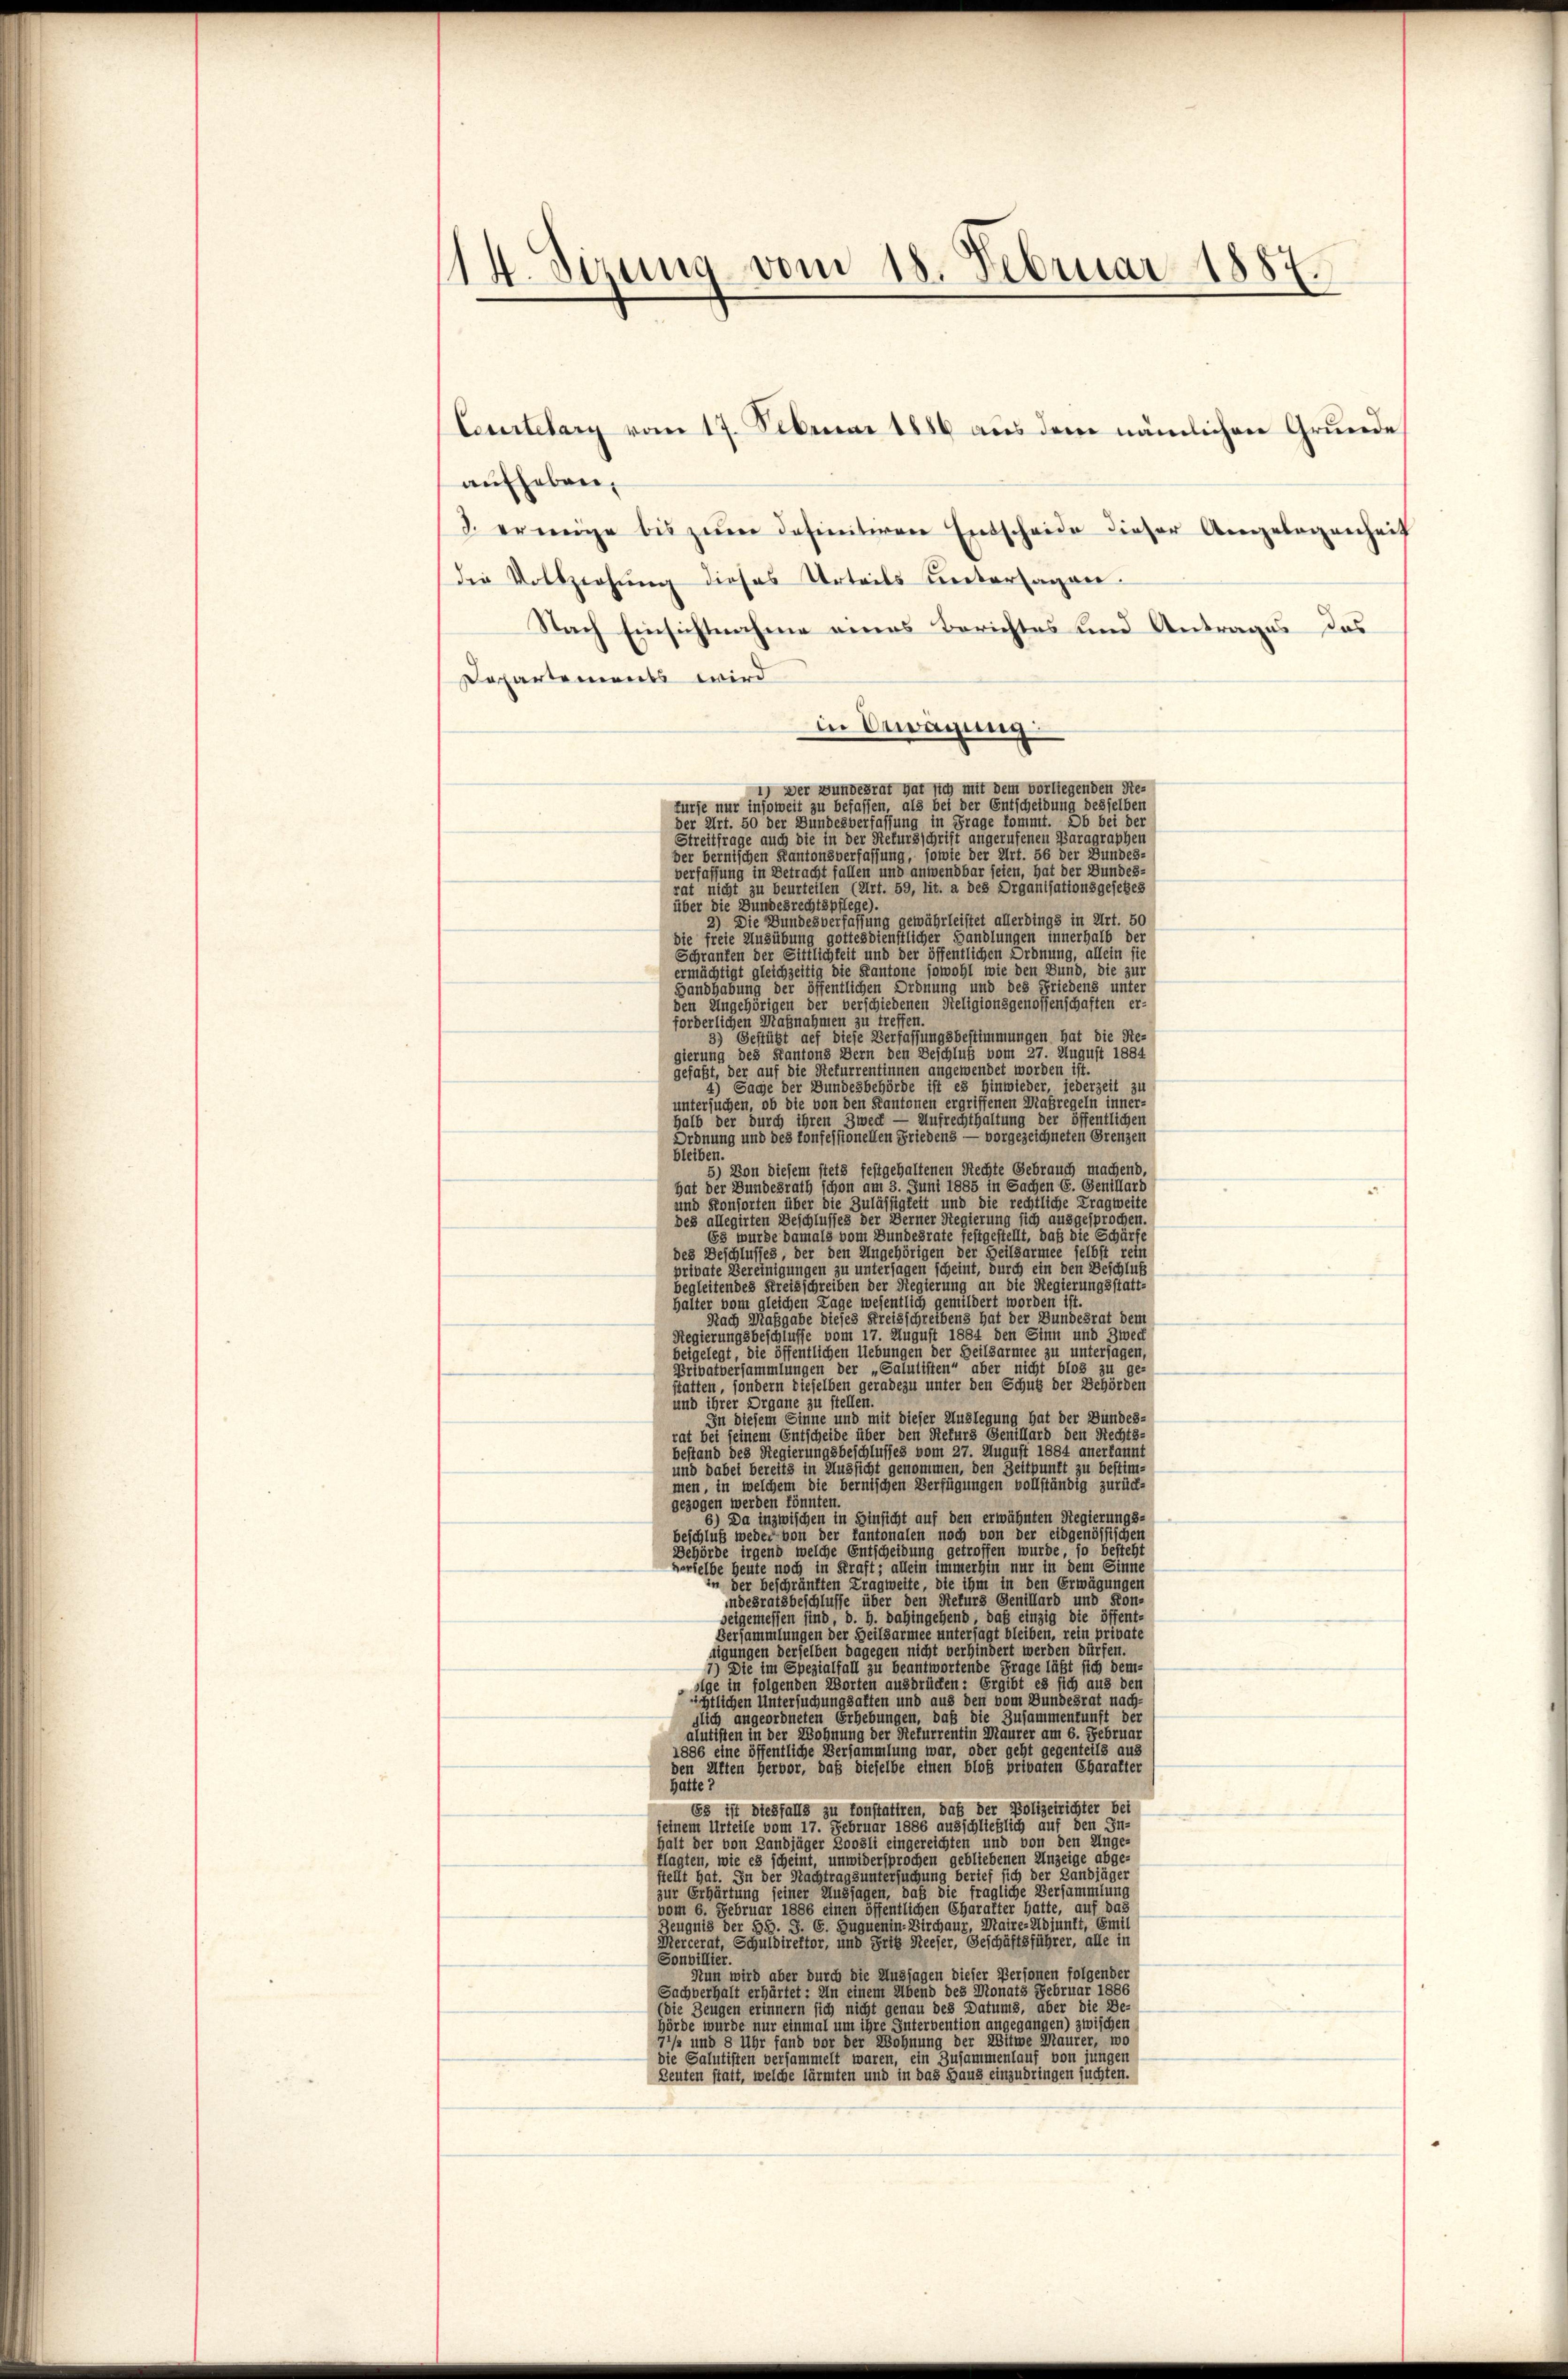
14. Sirung vom 18. Februar 1887.

aufheben.
. erweige bis jeden datinitiven Entscheide dieser Angelegenheit
die Vollziehung dieses Urteils untersagen.
Nach Einsichtnahme eines Berichtes und Antrages das
Departements wird
in Bewägung
1) Der Bundesrat war sich mit dem vorliegenden Returse nur insoweit zu befassen, als bei der Entscheidung desselben
der Art. 50 der Bundesverfassung in Frage kommt. Ob bei der
Streitfrage auch die in der Rekursschrift angerufenen Paragrapher
der bernischen Kantonsverfassung, sowie der Art. 56 der Bundes-
verfassung in Betracht fallen und anwendbar seien, hat der Bundes-
at nicht zu beurteilen (Art. 59, lit. a des Organisationsgesetzes
über die Bundesrechtspflege).
2) Die Bundesverfassung gewährleistet allerdings in Art. 50
die freie Ausübung gottesdienstlicher Handlungen innerhalb der
Schranken der Sittlichkeit und der öffentlichen Ordnung, allein sie
ermächtigt gleichzeitig die Kantone sowohl wie den Bund, die zur
Handhabung der öffentlichen Ordnung und des Friedens unter
den Ungehörigen der verschiedenen Religionsgenossenschaften er-
forderlichen Maßnahmen zu treffen
 Gestützt auf diese Verfassungsbestimmungen hat die Re-
gierung des Kantons Bern den Beschluß vom 27. August 1884
gefaßt, der auf die Rekurrentinnen angewendet worden ist.
4) Sache der Bundesbehörde ist es hinwieder, jederzeit 31
untersuchen, ob die von den Kantonen ergriffenen Maßregeln inner-
halb der durch ihren Zweck — Aufrechthaltung der öffentlichen
Ordnung und des Confessionellen Friedens — vorgezeichneten Grenzen
bleiben.
5) Von diesem stets festgehaltenen Rechte Gebrauch machend
at der Bundesrath schon am 3. Juni 1885 in Sachen E. Genillard
nd Konsorten über die Zulässigkeit und die rechtliche Tragweite
des allegirten Beschlusses der Ferner Regierung sich ausgesprochen.
53 wurde damals vom Bundesrate festgestellt, daß die Schürfe
des Beschlusses, der den Ungehörigen der Heilsarmee selbst rein
private Vereinigungen zu untersagen scheint, durch ein den Beschluß
gleitendes Kreisschreiben der Regierung an die Regierungsstatt-
halter vom gleichen Lage wesentlich gemildert worden ist.
Nach Maßgabe dieses Kreisschreibens hat der Bundesrat dem
Regierungsbeschlusse vom 17. August 1884 den Sinn und Zweck
eigelegt, die öffentlichen Uebungen der Heilsarmee zu untersagen,
rivatversammlungen der „Salutisten“ aber nicht blos zu ge-
statten, sondern dieselben geradezu unter den Schutz der Behörden
und ihrer Organe zu stelle
In diesem Sinne und mit dieser Auslegung hat der Bundes-
rat bei seinem Entscheide über den Rekurs Senillard den Rechts-
bestand des Regierungsbeschlusses vom 27. August 1884 anerkannt
ereits in Aussicht genommen, den Zeitpunkt zu bestim-
ind dabe
men, in welchem die bernischen Verfügungen vollständig zurück-
gezogen werden könnter
Da inzwischen in Hinsicht auf den erwähnten Regierungs
weder von der kantonalen noch von der eidgenössischen
Gehörde irgend welche Entscheidung getroffen wurde, so besteht
verselbe heute noch in Kraft; allein immerhin nur in dem Sin
der beschränkten Kragweite, die ihm in den Erwägni
ratsbeschlusse über den Rekurs Genillard und
s
sind, d. h. dahingehend, daß einzig die öffent-
nee untersagt bleiben, rein private
n der Heils
u
gen derselben dagegen nicht verhindert werden dürfen.
ezialfall zu beantwortende Frage läßt sich dem
u
enden Worten ausdrücken: Ergibt es sich aus den
ge in si
htlichen Untersuchungsalten und aus den vom Bundesrat nach-
lich angeordneten Erhebungen, daß die Zusammenkunft der
alutisten in der Wohnung der Rekurrentin Maurer am 6. Februar
1886 eine öffentliche Versammlung war, oder geht gegenteils aus
en Alten Hervor, daß dieselbe einen bloß privaten Charakter
hatte?
Es ist diesfalls zu konstatiren, daß der Polizeirichter be
seinem Urteile vom 17. Februar 1886 ausschließlich auf den In-
alt der von Landjäger Boosli eingereichten und von den Ange
jen gebliebenen Unzeige abge-
lagten, wie es scheint, unwi
chung berief sich der Landjäger
stellt hat. In der Nachtragst
daß die fragliche Versammlung
ur Erhärtung seiner Aus
vom 6. Februar 1886 einen öffentlichen Charakter hatte, auf das
Suquenin-Birchaur, Maire-Adjunkt, Emil
Zeugnis der S
rcerat, Schuldirektor, und Frik Neeser, Geschäftsführer, alle in
Sonbillier
Nun wird aber durch die Aussagen dieser Personen folgende
Sachverhalt erhärtet: In einem Abend des Monats Februar 1886
e Zeugen erinnern sich nicht genau des Datums, aber die De
hörde wurde nur einmal um ihre Intervention angegangen) zwischen
/ und 8 Uhr fand vor der Wohnung der Witwe Maurer, wo
die Salutisten versammelt waren, ein Zusammenlauf von jungen
Beuten statt, welche lärmten und in das Haus einzudringen suchten.

Courtelary vom 17. Februar 1886 aŭs dem nämlichen Gründe